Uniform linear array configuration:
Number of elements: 48
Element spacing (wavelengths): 0.5
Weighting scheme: kaiser
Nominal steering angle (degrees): -60
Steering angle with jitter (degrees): -58.153
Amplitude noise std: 0.05
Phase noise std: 0.05

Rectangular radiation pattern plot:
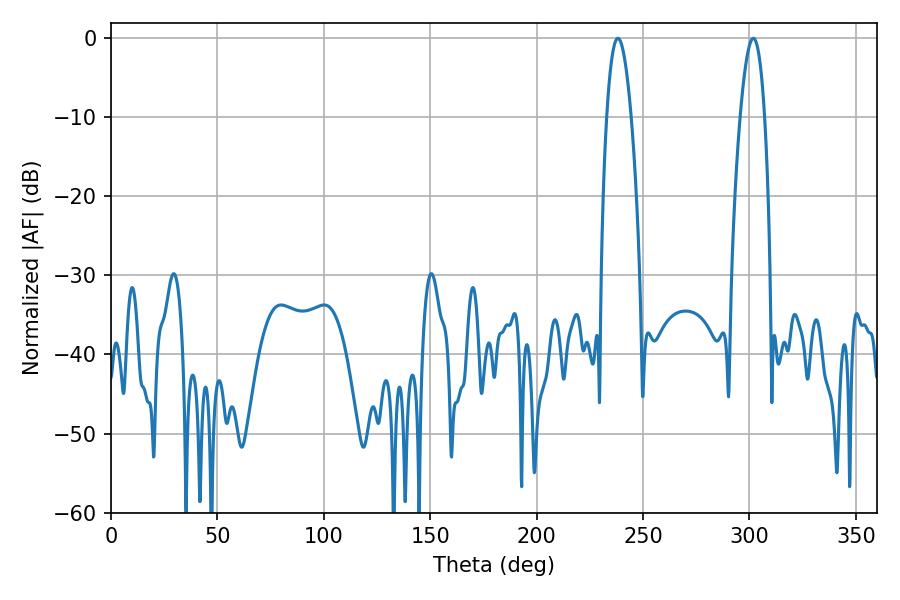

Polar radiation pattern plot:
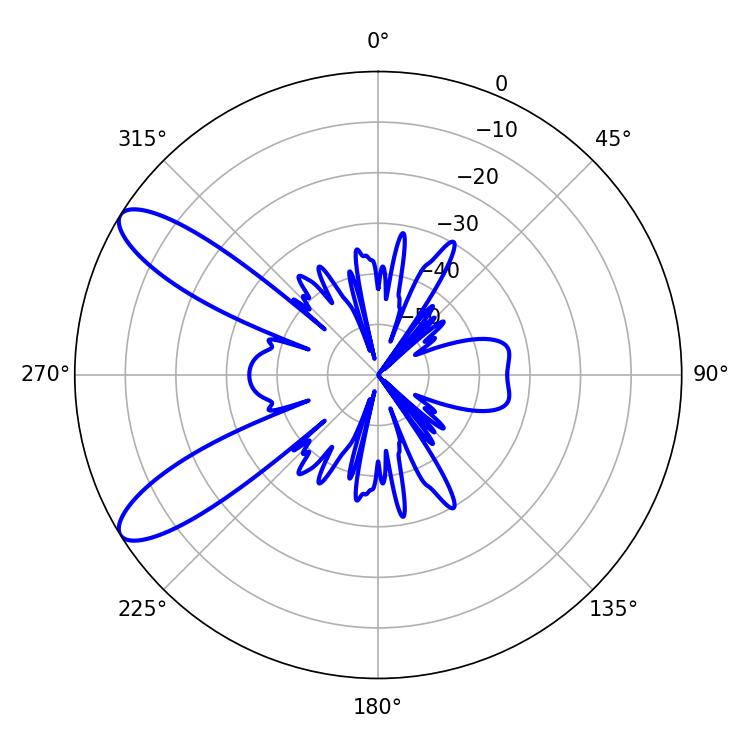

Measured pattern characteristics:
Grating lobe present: FALSE
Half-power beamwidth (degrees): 6.3
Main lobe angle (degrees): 238.14